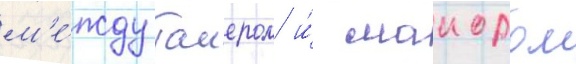
м'е́жду таиером и́ маиором